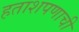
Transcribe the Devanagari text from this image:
हताशपणाची